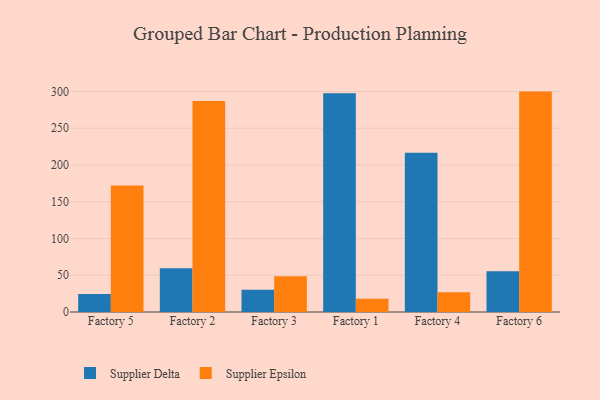
{"axis": {"x": "Factory", "y": "Net Income (USD K)"}, "legend": ["Supplier Delta", "Supplier Epsilon"], "data": [{"x": "Factory 5", "y": 24.6, "type": "Supplier Delta"}, {"x": "Factory 5", "y": 172.0, "type": "Supplier Epsilon"}, {"x": "Factory 2", "y": 59.6, "type": "Supplier Delta"}, {"x": "Factory 2", "y": 287.2, "type": "Supplier Epsilon"}, {"x": "Factory 3", "y": 30.2, "type": "Supplier Delta"}, {"x": "Factory 3", "y": 48.5, "type": "Supplier Epsilon"}, {"x": "Factory 1", "y": 297.5, "type": "Supplier Delta"}, {"x": "Factory 1", "y": 18.1, "type": "Supplier Epsilon"}, {"x": "Factory 4", "y": 216.7, "type": "Supplier Delta"}, {"x": "Factory 4", "y": 26.9, "type": "Supplier Epsilon"}, {"x": "Factory 6", "y": 55.4, "type": "Supplier Delta"}, {"x": "Factory 6", "y": 299.9, "type": "Supplier Epsilon"}]}